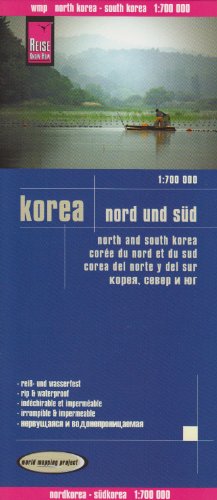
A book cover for Korea South & North 1:700,000 Travel Map, waterproof, GPS-compatible, REISE, 2013 edition; Reise Knowhow; Travel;